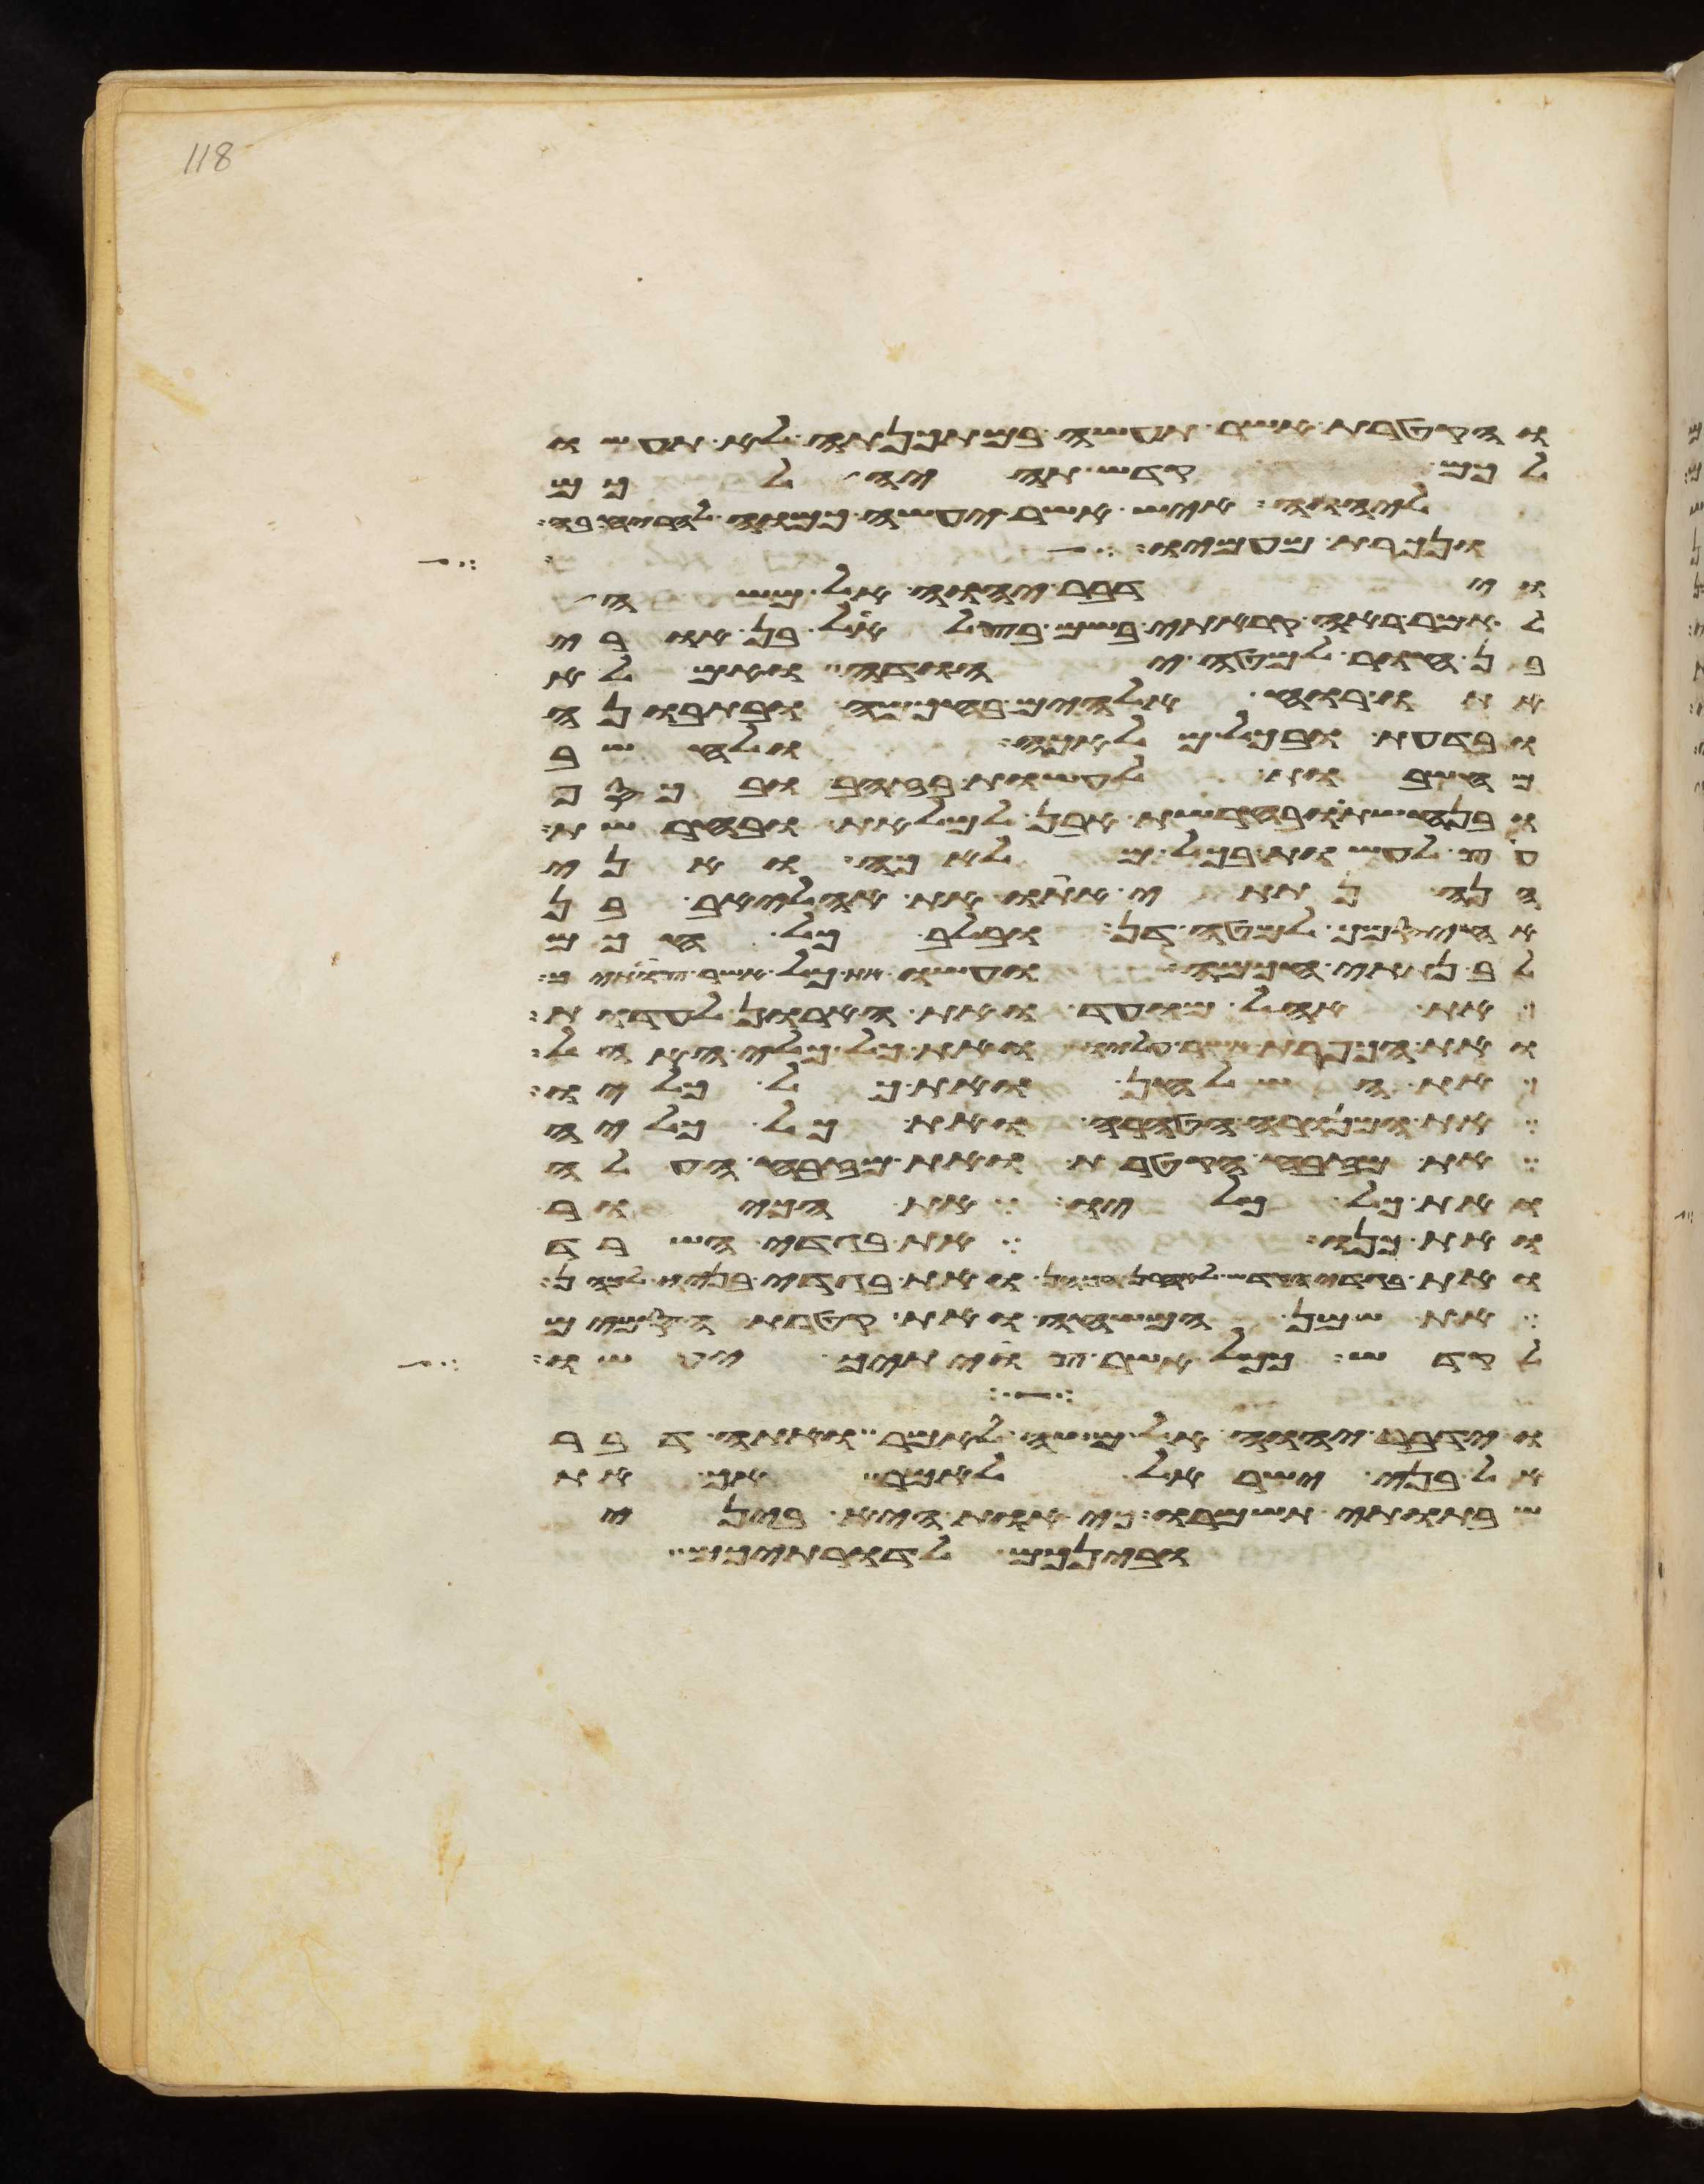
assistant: והקטרת אשר תעשה במתכנתה לא תעשו
לכם קדש תהיה לכם
ליהוה איש אשר יעשה כמוה להריח בה
ונכרת מעמיו
וידבר יהוה אל משה
לאמר ראה קראתי בשם בצלאל בן חורי
בן חור למטה יהודה ואמלא
אתו רוח אלהים בחכמה ובתבונה
ובדעת ובכל מלאכה ולחשב
מחשבות לעשות בזהב ובכסף
ובנחשת ובחרשת אבן למלאת ובחרשת
עץ לעשות בכל מלאכה ואני
הנה נתתי אתו את אהליאב בן
אחיסמך למטה דן ובלב כל חכם
לב נתתי חכמה ועשו את כל אשר צויתיך
את אהל מועד ואת הארון לעדות
ואת הכפרת אשר עליו ואת כל כלי האהל
את השלחן ואת כל כליו
את המנורה הטהרה ואת כל כליה
את מזבח הקטרת ואת מזבח העלה
ואת כל כליו את הכיור
ואת כנו את בגדי השרד
ואת בגדי הקדש לאהרן הכהן ואת בגדי בניו לכהן
את שמן המשחה ואת קטרת הסמים
לקדש ככל אשר צויתיך יעשו
וידבר יהוה אל משה לאמר ואתה דבר
אל בני ישראל לאמר אך את
שבתתי תשמרו כי אות היא ביני
ובינכם לדרתיכם